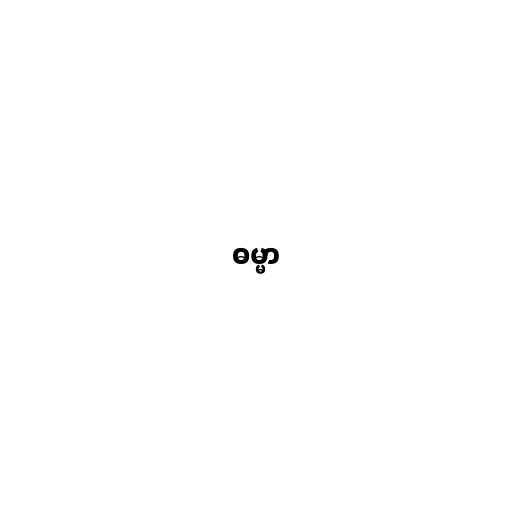
ဓမ္မာ